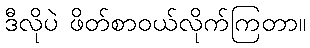
ဒီလိုပဲ ဖိတ်စာဝယ်လိုက်ကြတာ။